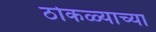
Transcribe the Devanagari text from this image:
ठोकळ्याच्या